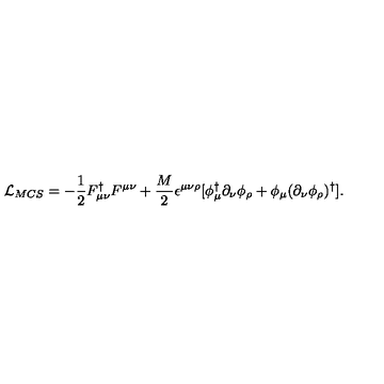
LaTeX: { \cal L } _ { M C S } = - \frac { 1 } { 2 } F _ { \mu \nu } ^ { \dagger } F ^ { \mu \nu } + \frac { M } { 2 } \epsilon ^ { \mu \nu \rho } [ \phi _ { \mu } ^ { \dagger } \partial _ { \nu } \phi _ { \rho } + \phi _ { \mu } ( \partial _ { \nu } \phi _ { \rho } ) ^ { \dagger } ] .